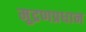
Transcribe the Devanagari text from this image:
मुद्रणप्रधान